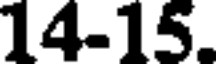
14-15.